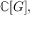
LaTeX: \mathbb { C } [ G ] ,